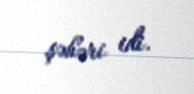
şəhəri idi.